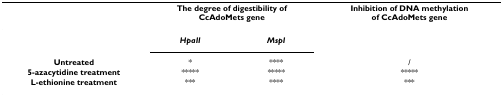
<table><thead><tr><td></td><td colspan="2"><b>The degree of digestibility of CcAdoMets gene</b></td><td><b>Inhibition of DNA methylation of CcAdoMets gene</b></td></tr></thead><tbody><tr><td></td><td><b><i>HpaII</i></b></td><td><b><i>MspI</i></b></td><td></td></tr><tr><td><b>Untreated</b></td><td>*</td><td>****</td><td>/</td></tr><tr><td><b>5-azacytidine treatment</b></td><td>*****</td><td>*****</td><td>*****</td></tr><tr><td><b>L-ethionine treatment</b></td><td>***</td><td>****</td><td>***</td></tr></tbody></table>